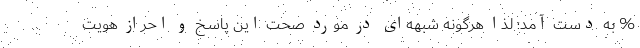
% به دست آمد؛ لذا هرگونه شبهه‌ای در مورد صحت این پاسخ و احراز هویت